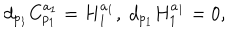
d _ { p _ { 1 } } C _ { p _ { 1 } } ^ { a _ { 1 } } = H _ { 1 } ^ { a _ { 1 } } , \; d _ { p _ { 1 } } H _ { 1 } ^ { a _ { 1 } } = 0 ,